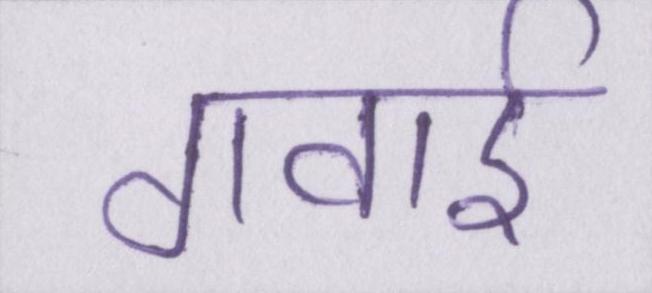
गवाई